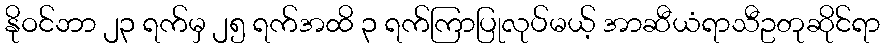
နိုဝင်ဘာ ၂၃ ရက်မှ ၂၅ ရက်အထိ ၃ ရက်ကြာပြုလုပ်မယ့် အာဆီယံရာသီဥတုဆိုင်ရာ